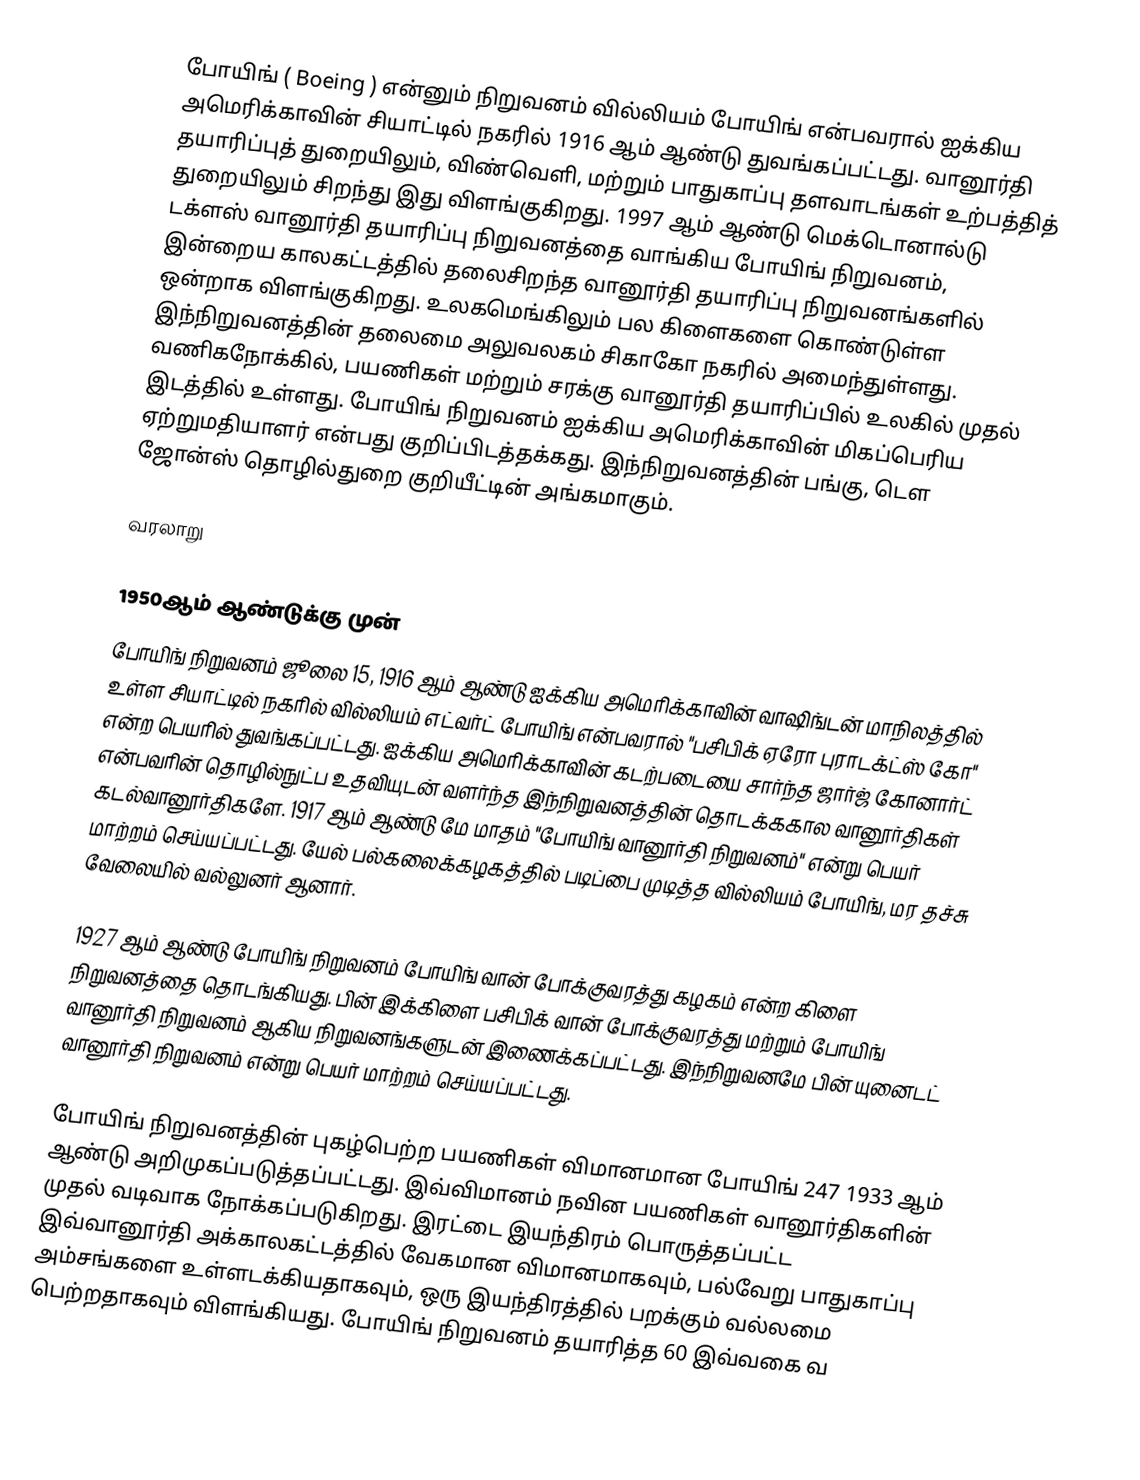
போயிங் ( Boeing ) என்னும் நிறுவனம் வில்லியம் போயிங் என்பவரால் ஐக்கிய அமெரிக்காவின் சியாட்டில் நகரில் 1916 ஆம் ஆண்டு துவங்கப்பட்டது. வானூர்தி தயாரிப்புத் துறையிலும், விண்வெளி, மற்றும் பாதுகாப்பு தளவாடங்கள் உற்பத்தித் துறையிலும் சிறந்து இது விளங்குகிறது. 1997 ஆம் ஆண்டு மெக்டொனால்டு டக்ளஸ் வானூர்தி தயாரிப்பு நிறுவனத்தை வாங்கிய போயிங் நிறுவனம், இன்றைய காலகட்டத்தில் தலைசிறந்த வானூர்தி தயாரிப்பு நிறுவனங்களில் ஒன்றாக விளங்குகிறது. உலகமெங்கிலும் பல கிளைகளை கொண்டுள்ள இந்நிறுவனத்தின் தலைமை அலுவலகம் சிகாகோ நகரில் அமைந்துள்ளது. வணிகநோக்கில், பயணிகள் மற்றும் சரக்கு வானூர்தி தயாரிப்பில் உலகில் முதல் இடத்தில் உள்ளது. போயிங் நிறுவனம் ஐக்கிய அமெரிக்காவின் மிகப்பெரிய ஏற்றுமதியாளர் என்பது குறிப்பிடத்தக்கது. இந்நிறுவனத்தின் பங்கு, டௌ ஜோன்ஸ் தொழில்துறை குறியீட்டின் அங்கமாகும்.

வரலாறு

1950ஆம் ஆண்டுக்கு முன்
போயிங் நிறுவனம் ஜூலை 15, 1916 ஆம் ஆண்டு ஐக்கிய அமெரிக்காவின் வாஷிங்டன் மாநிலத்தில் உள்ள சியாட்டில் நகரில் வில்லியம் எட்வர்ட் போயிங் என்பவரால் "பசிபிக் ஏரோ புராடக்ட்ஸ் கோ" என்ற பெயரில் துவங்கப்பட்டது. ஐக்கிய அமெரிக்காவின் கடற்படையை சார்ந்த ஜார்ஜ் கோனார்ட் என்பவரின் தொழில்நுட்ப உதவியுடன் வளர்ந்த இந்நிறுவனத்தின் தொடக்ககால வானூர்திகள் கடல்வானூர்திகளே. 1917 ஆம் ஆண்டு மே மாதம் "போயிங் வானூர்தி நிறுவனம்" என்று பெயர் மாற்றம் செய்யப்பட்டது. யேல் பல்கலைக்கழகத்தில் படிப்பை முடித்த வில்லியம் போயிங், மர தச்சு வேலையில் வல்லுனர் ஆனார்.

1927 ஆம் ஆண்டு போயிங் நிறுவனம் போயிங் வான் போக்குவரத்து கழகம் என்ற கிளை நிறுவனத்தை தொடங்கியது. பின் இக்கிளை பசிபிக் வான் போக்குவரத்து மற்றும் போயிங் வானூர்தி நிறுவனம் ஆகிய நிறுவனங்களுடன் இணைக்கப்பட்டது. இந்நிறுவனமே பின் யுனைடட் வானூர்தி நிறுவனம் என்று பெயர் மாற்றம் செய்யப்பட்டது.

போயிங் நிறுவனத்தின் புகழ்பெற்ற பயணிகள் விமானமான போயிங் 247 1933 ஆம் ஆண்டு அறிமுகப்படுத்தப்பட்டது. இவ்விமானம் நவின பயணிகள் வானூர்திகளின் முதல் வடிவாக நோக்கப்படுகிறது. இரட்டை இயந்திரம் பொருத்தப்பட்ட இவ்வானூர்தி அக்காலகட்டத்தில் வேகமான விமானமாகவும், பல்வேறு பாதுகாப்பு அம்சங்களை உள்ளடக்கியதாகவும், ஒரு இயந்திரத்தில் பறக்கும் வல்லமை பெற்றதாகவும் விளங்கியது. போயிங் நிறுவனம் தயாரித்த 60 இவ்வகை வ